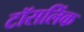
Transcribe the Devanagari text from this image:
टॉसलिंक